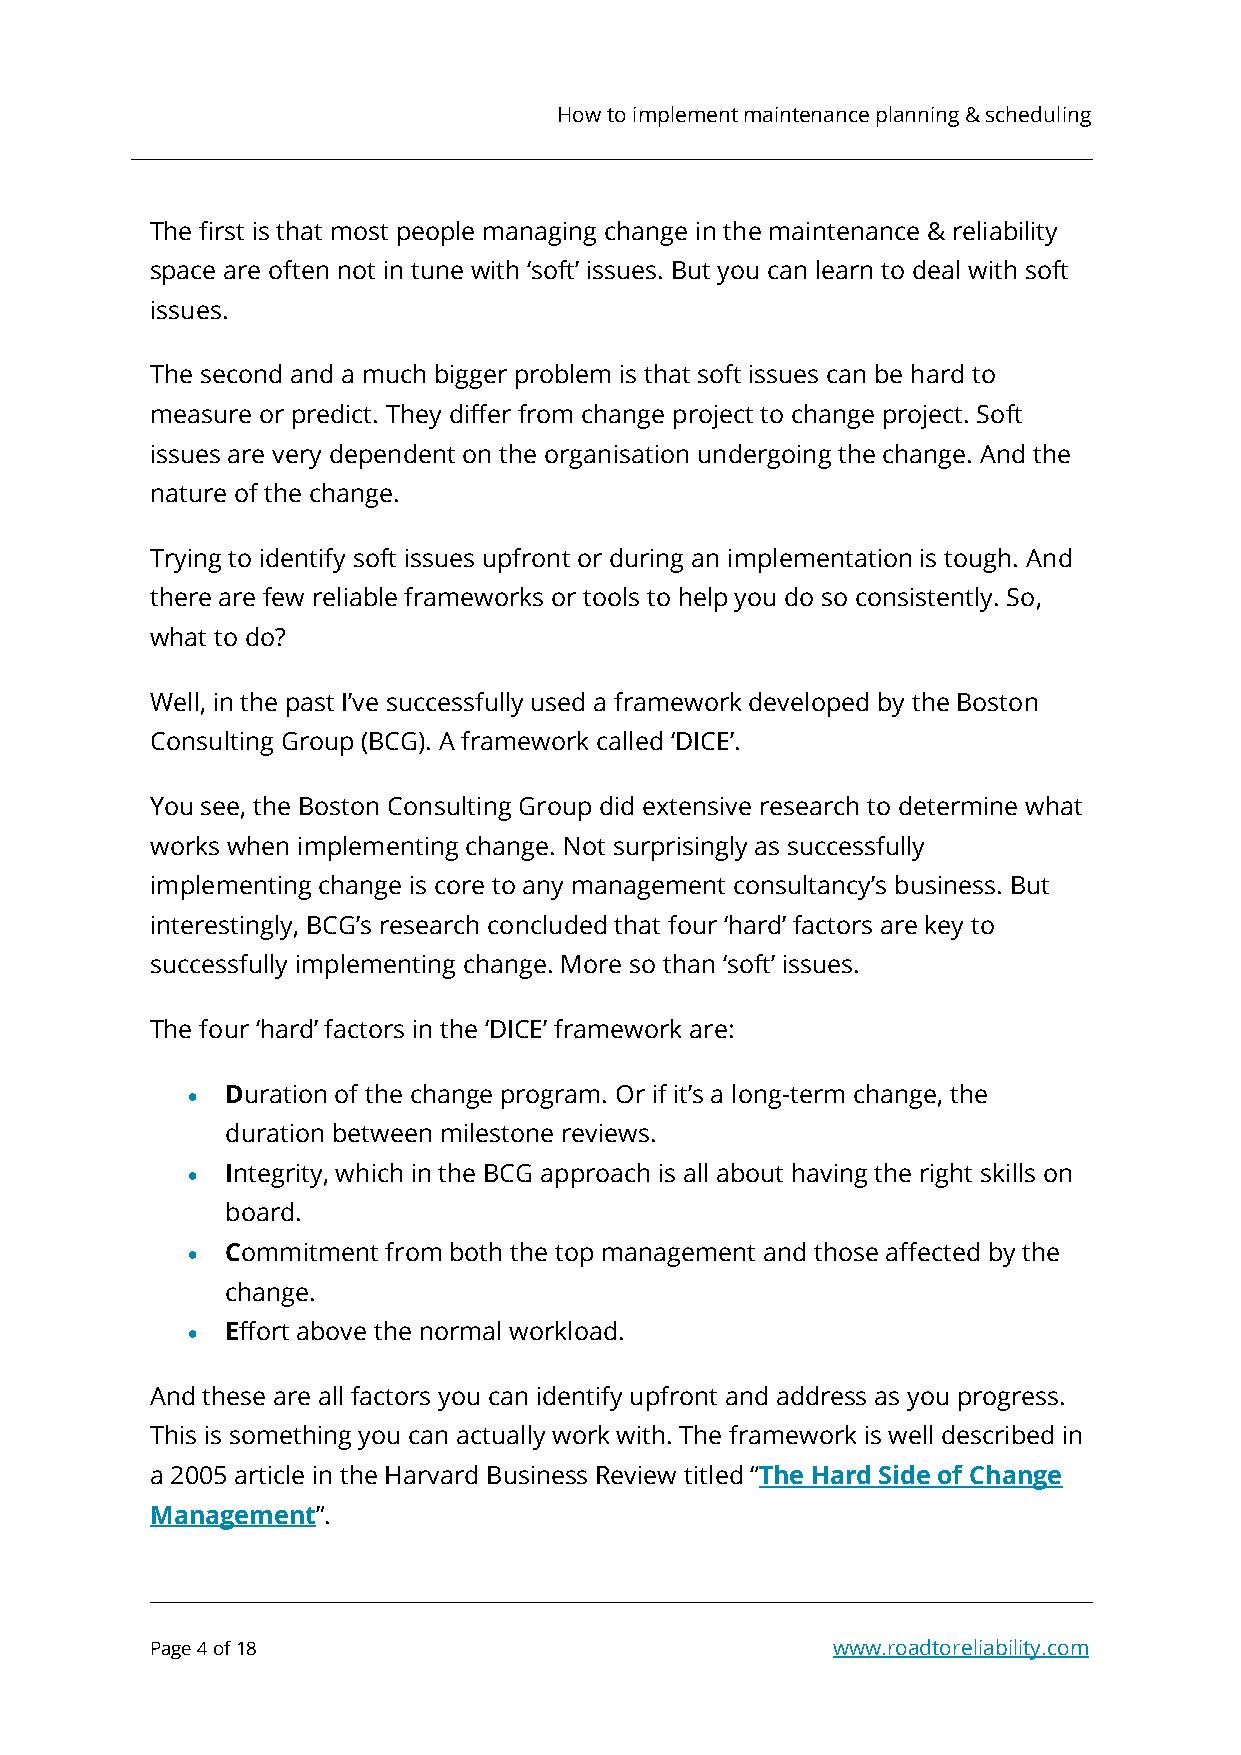
How to implement maintenance planning & scheduling
 The first is that most people managing change in the maintenance & reliability
 space are often not in tune with ‘soft’ issues. But you can learn to deal with soft
 issues.
 The second and a much bigger problem is that soft issues can be hard to
 measure or predict. They differ from change project to change project. Soft
 issues are very dependent on the organisation undergoing the change. And the
 nature of the change.
 Trying to identify soft issues upfront or during an implementation is tough. And
 there are few reliable frameworks or tools to help you do so consistently. So,
 what to do?
 Well, in the past I’ve successfully used a framework developed by the Boston
 Consulting Group (BCG). A framework called ‘DICE’.
 You see, the Boston Consulting Group did extensive research to determine what
 works when implementing change. Not surprisingly as successfully
 implementing change is core to any management consultancy’s business. But
 interestingly, BCG’s research concluded that four ‘hard’ factors are key to
 successfully implementing change. More so than ‘soft’ issues.
 The four ‘hard’ factors in the ‘DICE’ framework are:
 •  Duration of the change program. Or if it’s a long-term change, the
 duration between milestone reviews.
 •  Integrity, which in the BCG approach is all about having the right skills on
 board.
 •  Commitment from both the top management and those affected by the
 change.
 •  Effort above the normal workload.
 And these are all factors you can identify upfront and address as you progress.
 This is something you can actually work with. The framework is well described in
 a 2005 article in the Harvard Business Review titled “The Hard Side of Change
 Management”.
 Page 4 of 18                                 www.roadtoreliability.com